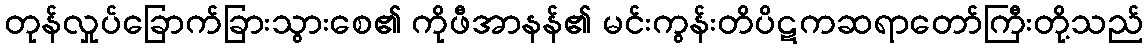
တုန်လှုပ်ခြောက်ခြားသွားစေ၏ ကိုဖီအာနန်၏ မင်းကွန်းတိပိဋကဆရာတော်ကြီးတို့သည်